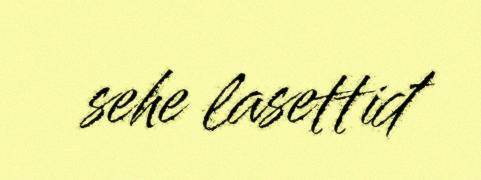
sehe lasettiđ